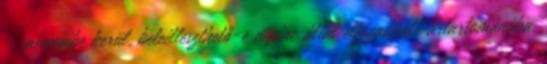
- mennyibe kerül, beleilleszthető-e a piac által elfogadható ártartományba,